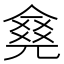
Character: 𠎛